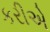
કરીએ